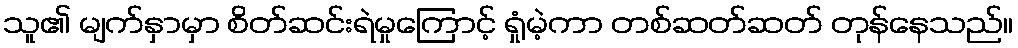
သူ၏ မျက်နှာမှာ စိတ်ဆင်းရဲမှုကြောင့် ရှုံမဲ့ကာ တစ်ဆတ်ဆတ် တုန်နေသည်။